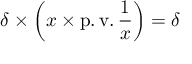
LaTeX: \delta \times \left( x \times \operatorname { p . v . } { \frac { 1 } { x } } \right) = \delta